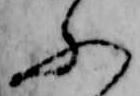
ふ